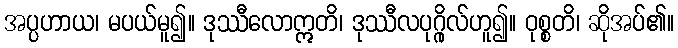
အပ္ပဟာယ၊ မပယ်မူ၍။ ဒုဿီလောဣတိ၊ ဒုဿီလပုဂ္ဂိုလ်ဟူ၍။ ဝုစ္စတိ၊ ဆိုအပ်၏။